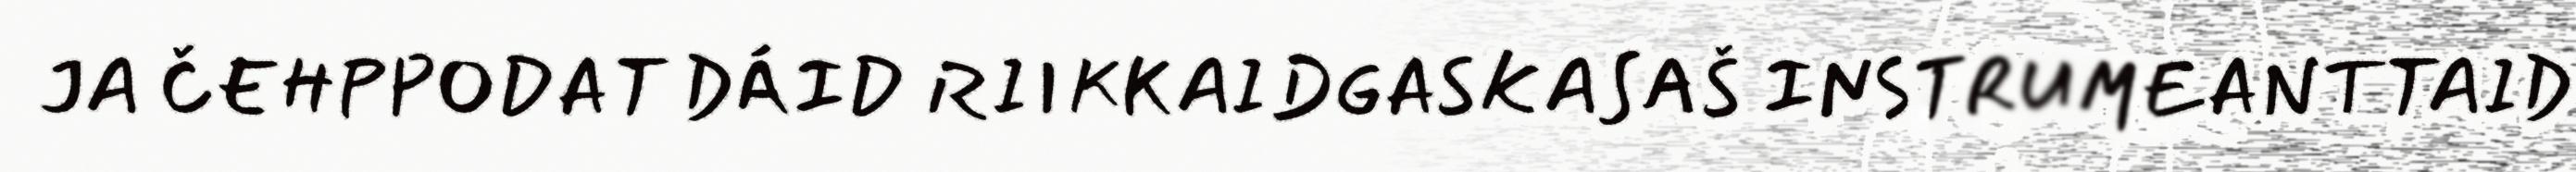
JA ČEHPPODAT DÁID RIIKKAIDGASKASAŠ INSTRUMEANTTAID